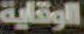
الوقاية